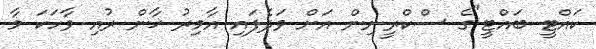
ކައްޓީ ބައްޓީ"ގެ ސްކްރީނިން އަށް ވަދެފައި އާމިރު ޚާން ރުއި ވާހަކަ މާ